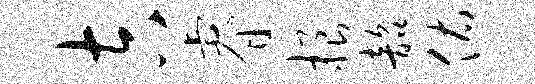
吉睿根韶佑